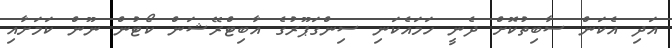
އަދި އެކަން ސާބިތުކޮށް ދެނީ ހަމައެކަނި ސިންގަޕޫރުގެ އާބިޓްރޭޝަން ކޯޓުން ނޫން ކަމަށާއި